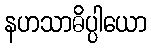
နဟသာဓိပ္ပါယော